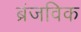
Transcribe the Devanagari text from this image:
ब्रंजविक